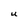
Character: U